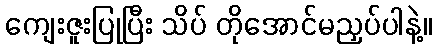
ကျေးဇူးပြုပြီး သိပ် တိုအောင်မညှပ်ပါနဲ့။